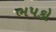
ભપકો